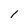
Character: l